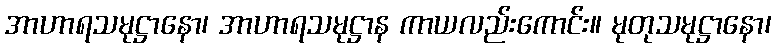
အာဟာရသမုဋ္ဌာနော၊ အာဟာရသမုဋ္ဌာန ကာယလည်းကောင်း။ မုတုသမုဋ္ဌာနော၊